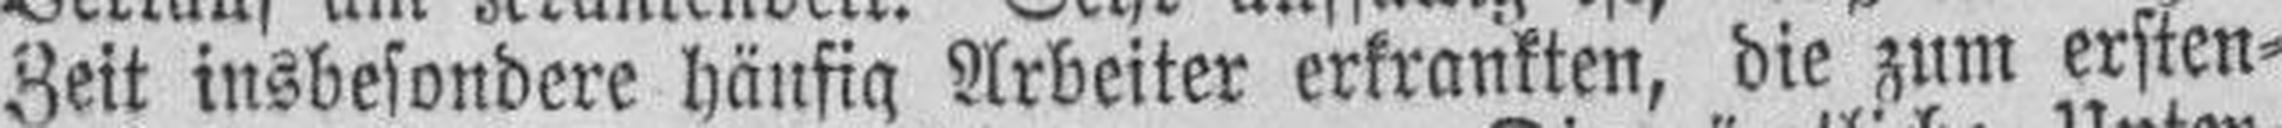
Zeit insbesondere häufig Arbeiter erkrankten, die zum ersten¬